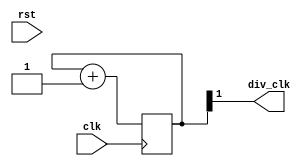
module Divided_Clock(
    input clk,
    input rst,
    output div_clk
    );
    reg [7:0] counter= 8'b0;
    assign div_clk = counter[1];
    always @(posedge clk)begin
        if (rst)begin
            counter <= counter + 1;
        end
        else begin
            counter <= counter + 1;
        end
    end
endmodule